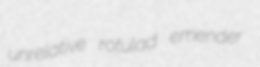
unrelative rotulad emender